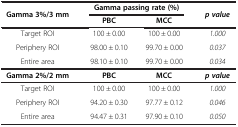
| <ROWSPAN=2> Gamma 3%/3 mm | <COLSPAN=2> Gamma passing rate (%) | <ROWSPAN=2> p value |
 | PBC | MCC |
 | --- | --- | --- | --- |
 | Target ROI | 100 ± 0.00 | 100 ± 0.00 | 1.000 |
 | Periphery ROI | 98.00 ± 0.10 | 99.70 ± 0.00 | 0.037 |
 | Entire area | 98.10 ± 0.10 | 99.70 ± 0.00 | 0.034 |
 | Gamma 2%/2 mm | PBC | MCC | p value |
 | Target ROI | 100 ± 0.00 | 100 ± 0.00 | 1.000 |
 | Periphery ROI | 94.20 ± 0.30 | 97.77 ± 0.12 | 0.046 |
 | Entire area | 94.47 ± 0.31 | 97.90 ± 0.10 | 0.050 |